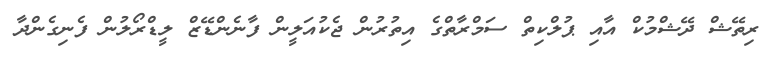
ރިތޭޝް ދޭޝްމުކް އާއި ޕުލްކިތް ސަމްރާތްގެ އިތުރުން ޖެކުއަލީން ފާނެންޑޭޒް ލީޑްރޯލުން ފެނިގެންދާ